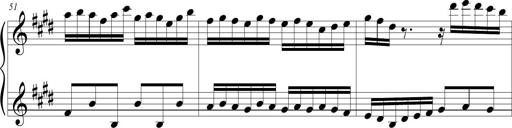
Title: Jousting Jocelyne
Composer: Michel Rondeau
Key: E major